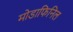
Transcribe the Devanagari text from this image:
मोडाफिनिल